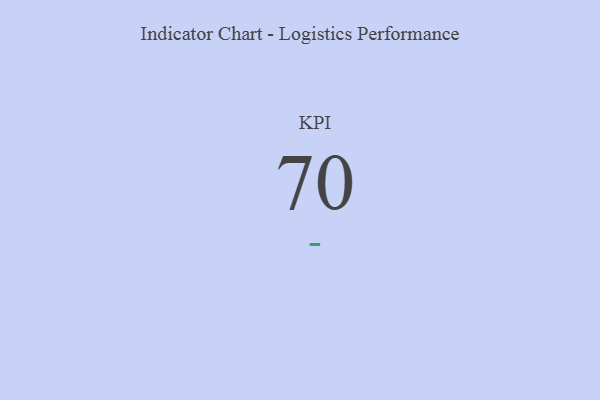
{"axis": {"x": "KPI", "y": "Value"}, "legend": [""], "data": [{"x": "KPI", "y": 70, "type": ""}]}